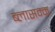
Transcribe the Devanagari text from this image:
ब्लासम्म